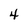
Character: 4